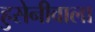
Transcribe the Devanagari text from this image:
हुसेनीवाला